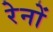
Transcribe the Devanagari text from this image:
रेनों